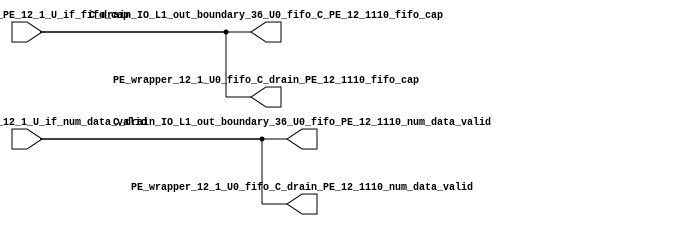
// ==================================================
// RTL generated by RapidStream
//
// Copyright 2024 RapidStream Design Automation, Inc.
// All Rights Reserved.
// ==================================================
`timescale 1 ns / 1 ps
module __rs_kernel3_aux_split_aux_99 #(
    parameter C_S_AXI_CONTROL_DATA_WIDTH  = 32,
    parameter C_S_AXI_CONTROL_ADDR_WIDTH  = 6,
    parameter C_S_AXI_DATA_WIDTH          = 32,
    parameter C_M_AXI_GMEM_A_ID_WIDTH     = 1,
    parameter C_M_AXI_GMEM_A_ADDR_WIDTH   = 64,
    parameter C_M_AXI_GMEM_A_DATA_WIDTH   = 512,
    parameter C_M_AXI_GMEM_A_AWUSER_WIDTH = 1,
    parameter C_M_AXI_GMEM_A_ARUSER_WIDTH = 1,
    parameter C_M_AXI_GMEM_A_WUSER_WIDTH  = 1,
    parameter C_M_AXI_GMEM_A_RUSER_WIDTH  = 1,
    parameter C_M_AXI_GMEM_A_BUSER_WIDTH  = 1,
    parameter C_M_AXI_GMEM_A_USER_VALUE   = 0,
    parameter C_M_AXI_GMEM_A_PROT_VALUE   = 0,
    parameter C_M_AXI_GMEM_A_CACHE_VALUE  = 3,
    parameter C_M_AXI_DATA_WIDTH          = 32,
    parameter C_M_AXI_GMEM_B_ID_WIDTH     = 1,
    parameter C_M_AXI_GMEM_B_ADDR_WIDTH   = 64,
    parameter C_M_AXI_GMEM_B_DATA_WIDTH   = 512,
    parameter C_M_AXI_GMEM_B_AWUSER_WIDTH = 1,
    parameter C_M_AXI_GMEM_B_ARUSER_WIDTH = 1,
    parameter C_M_AXI_GMEM_B_WUSER_WIDTH  = 1,
    parameter C_M_AXI_GMEM_B_RUSER_WIDTH  = 1,
    parameter C_M_AXI_GMEM_B_BUSER_WIDTH  = 1,
    parameter C_M_AXI_GMEM_B_USER_VALUE   = 0,
    parameter C_M_AXI_GMEM_B_PROT_VALUE   = 0,
    parameter C_M_AXI_GMEM_B_CACHE_VALUE  = 3,
    parameter C_M_AXI_GMEM_C_ID_WIDTH     = 1,
    parameter C_M_AXI_GMEM_C_ADDR_WIDTH   = 64,
    parameter C_M_AXI_GMEM_C_DATA_WIDTH   = 512,
    parameter C_M_AXI_GMEM_C_AWUSER_WIDTH = 1,
    parameter C_M_AXI_GMEM_C_ARUSER_WIDTH = 1,
    parameter C_M_AXI_GMEM_C_WUSER_WIDTH  = 1,
    parameter C_M_AXI_GMEM_C_RUSER_WIDTH  = 1,
    parameter C_M_AXI_GMEM_C_BUSER_WIDTH  = 1,
    parameter C_M_AXI_GMEM_C_USER_VALUE   = 0,
    parameter C_M_AXI_GMEM_C_PROT_VALUE   = 0,
    parameter C_M_AXI_GMEM_C_CACHE_VALUE  = 3,
    parameter C_S_AXI_CONTROL_WSTRB_WIDTH = 4,
    parameter C_S_AXI_WSTRB_WIDTH         = 4,
    parameter C_M_AXI_GMEM_A_WSTRB_WIDTH  = 64,
    parameter C_M_AXI_WSTRB_WIDTH         = 4,
    parameter C_M_AXI_GMEM_B_WSTRB_WIDTH  = 64,
    parameter C_M_AXI_GMEM_C_WSTRB_WIDTH  = 64
) (
    output wire [1:0] C_drain_IO_L1_out_boundary_36_U0_fifo_C_PE_12_1110_fifo_cap,
    output wire [1:0] C_drain_IO_L1_out_boundary_36_U0_fifo_PE_12_1110_num_data_valid,
    output wire [1:0] PE_wrapper_12_1_U0_fifo_C_drain_PE_12_1110_fifo_cap,
    output wire [1:0] PE_wrapper_12_1_U0_fifo_C_drain_PE_12_1110_num_data_valid,
    input wire  [1:0] fifo_C_drain_PE_12_1_U_if_fifo_cap,
    input wire  [1:0] fifo_C_drain_PE_12_1_U_if_num_data_valid
);
assign C_drain_IO_L1_out_boundary_36_U0_fifo_C_PE_12_1110_fifo_cap = fifo_C_drain_PE_12_1_U_if_fifo_cap;
assign C_drain_IO_L1_out_boundary_36_U0_fifo_PE_12_1110_num_data_valid = fifo_C_drain_PE_12_1_U_if_num_data_valid;
assign PE_wrapper_12_1_U0_fifo_C_drain_PE_12_1110_fifo_cap = fifo_C_drain_PE_12_1_U_if_fifo_cap;
assign PE_wrapper_12_1_U0_fifo_C_drain_PE_12_1110_num_data_valid = fifo_C_drain_PE_12_1_U_if_num_data_valid;
endmodule